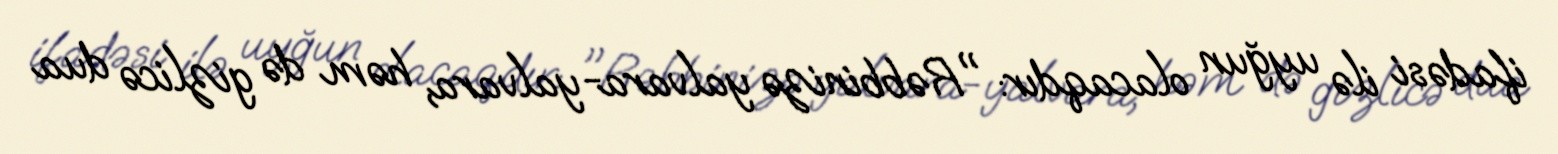
ifadəsi ilə uyğun olacaqdır: "Rəbbinizə yalvara-yalvara, həm də gizlicə dua